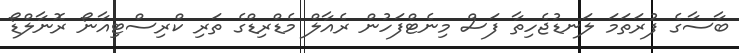
ބާސާގެ ފުރަތަމަ ލަނޑުޖެހިތާ ފަސް މިނެޓްފަހުން ރެއާލް މެޑްރިޑްގެ ތަރި ކްރިސްޓިއާނޯ ރޮނާލްޑޯ